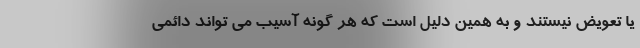
یا تعویض نیستند و به همین دلیل است که هر گونه آسیب می تواند دائمی